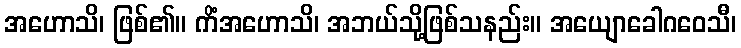
အဟောသိ၊ ဖြစ်၏။ ကိံအဟောသိ၊ အဘယ်သို့ဖြစ်သနည်း။ အယျောခေါဂဝေသီ၊